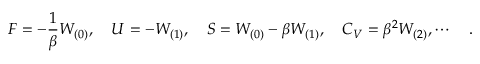
F = - { \frac { 1 } { \beta } } W _ { ( 0 ) } , \quad U = - W _ { ( 1 ) } , \quad S = W _ { ( 0 ) } - \beta W _ { ( 1 ) } , \quad C _ { V } = \beta ^ { 2 } W _ { ( 2 ) } , \cdots \quad .